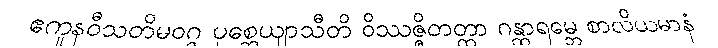
ဧကူနဝီသတိမဝဂ္ဂ ပုစ္ဆေယျာသီတိ ဝိဿဇ္ဇိတတ္တာ ဂန္ထာရမ္ဘေ စာလိယမာနံ